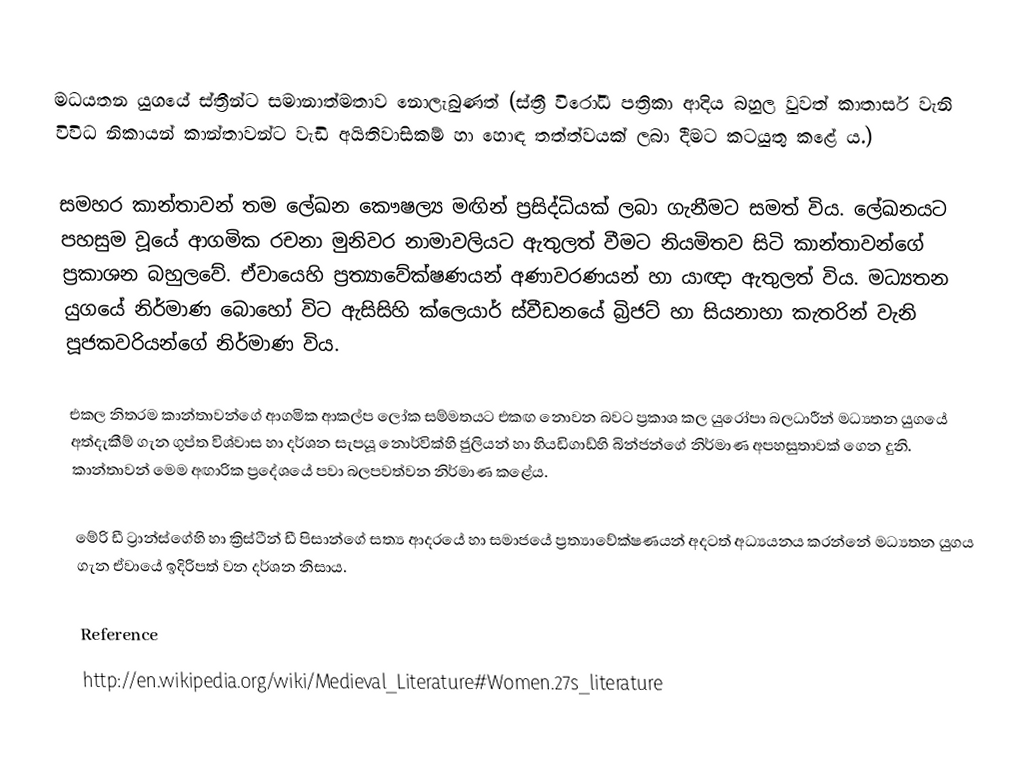
මධයතන යුගයේ ස්ත්‍රීන්ට සමානාත්මතාව නොලැබුණත් (ස්ත්‍රී විරෝධී පත්‍රිකා ආදිය බහුල වුවත් කාතාර්ස වැනි විවිධ නිකායන් කාන්තාවන්ට වැඩි අයිතිවාසිකම් හා හොඳ තත්ත්වයක් ලබා දීමට කටයුතු කළේ ය.)

සමහර කාන්තාවන් තම ලේඛන කෞෂල්‍ය මඟින් ප්‍රසිද්ධියක් ලබා ගැනීමට සමත් විය. ලේඛනයට පහසුම වූයේ ආගමික රචනා මුනිවර නාමාවලියට ඇතුලත් වීමට නියමිතව සිටි කාන්තාවන්ගේ ප්‍රකාශන බහුලවේ. ඒවායෙහි  ප්‍රත්‍යාවේක්ෂණයන් අණාවරණයන් හා යාඥා ඇතුලත් විය. මධ්‍යතන යුගයේ නිර්මාණ බොහෝ විට ඇසිසිහි ක්ලෙයාර් ස්වීඩනයේ බ්‍රිජට් හා සියනාහා කැතරින් වැනි පූජකවරියන්ගේ නිර්මාණ විය.

එකල නිතරම කාන්තාවන්ගේ ආගමික ආකල්ප ලෝක සම්මතයට එකඟ නොවන බවට ප්‍රකාශ කල යුරෝපා බලධාරීන් මධ්‍යතන යුගයේ අත්දැකීම් ගැන ගුප්ත විශ්වාස හා දර්ශන සැපයූ නොර්වික්හි ජුලියන් හා හියඩිගාඩ්හි බින්ජන්ගේ නිර්මාණ අපහසුතාවක් ගෙන දුනි. කාන්තාවන් මෙම අඟාරික ප්‍රදේශයේ පවා බලපවත්වන නිර්මාණ කළේය.

මේරි ඩී ට්‍රාන්ස්ගේහි හා ක්‍රිස්ටීන් ඩී පිසාන්ගේ සත්‍ය ආදරයේ හා සමාජයේ ප්‍රත්‍යාවේක්ෂණයන් අදටත් අධ්‍යයනය කරන්නේ මධ්‍යතන යුගය ගැන ඒවායේ ඉදිරිපත් වන දර්ශන නිසාය.

Reference
http://en.wikipedia.org/wiki/Medieval_Literature#Women.27s_literature